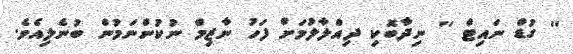
'' ގުޑް ނައިޓް '' ނިދާބޮކި ދިއްލާލުމަށް ފަހު ނާޒިމް ނުކުންނަމުން ބުނެލިއެވެ.